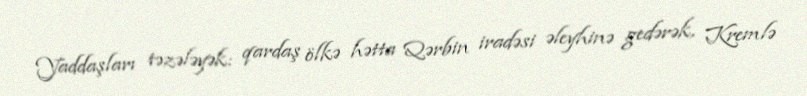
Yaddaşları təzələyək: qardaş ölkə hətta Qərbin iradəsi əleyhinə gedərək, Kremlə